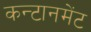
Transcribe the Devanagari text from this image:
कन्टानमेंट